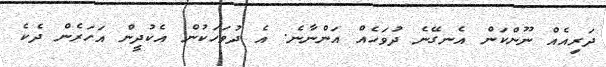
ދަރިއެއް ނޫންކަން އެނގޭނެ ދުވަހެއް އަންނާނެ. އެ ދުވަހަކުން އެކުދީން އަހަރެން ދެކެ